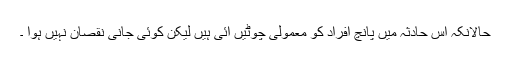
حالانکہ اس حادثہ میں پانچ افراد کو معمولی چوٹیں آئی ہیں لیکن کوئی جانی نقصان نہیں ہوا ۔